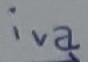
Text: iva